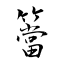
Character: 簹